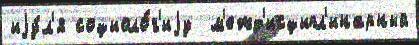
иjу́л'я социоло́г'иjу  м'ежд'исципл'инарный